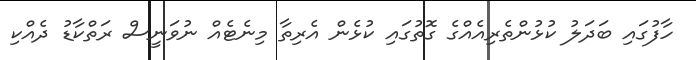
ހާފުގައި ބަދަލު ކުޅުންތެރިއެއްގެ ގޮތުގައި ކުޅެން އެރިތާ މިނެޓެއް ނުވަނީސް ރަތްކާޑު ދެއްކި